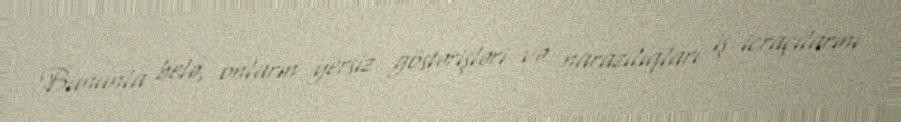
Bununla belə, onların yersiz göstərişləri və narazılıqları iş icraçılarını